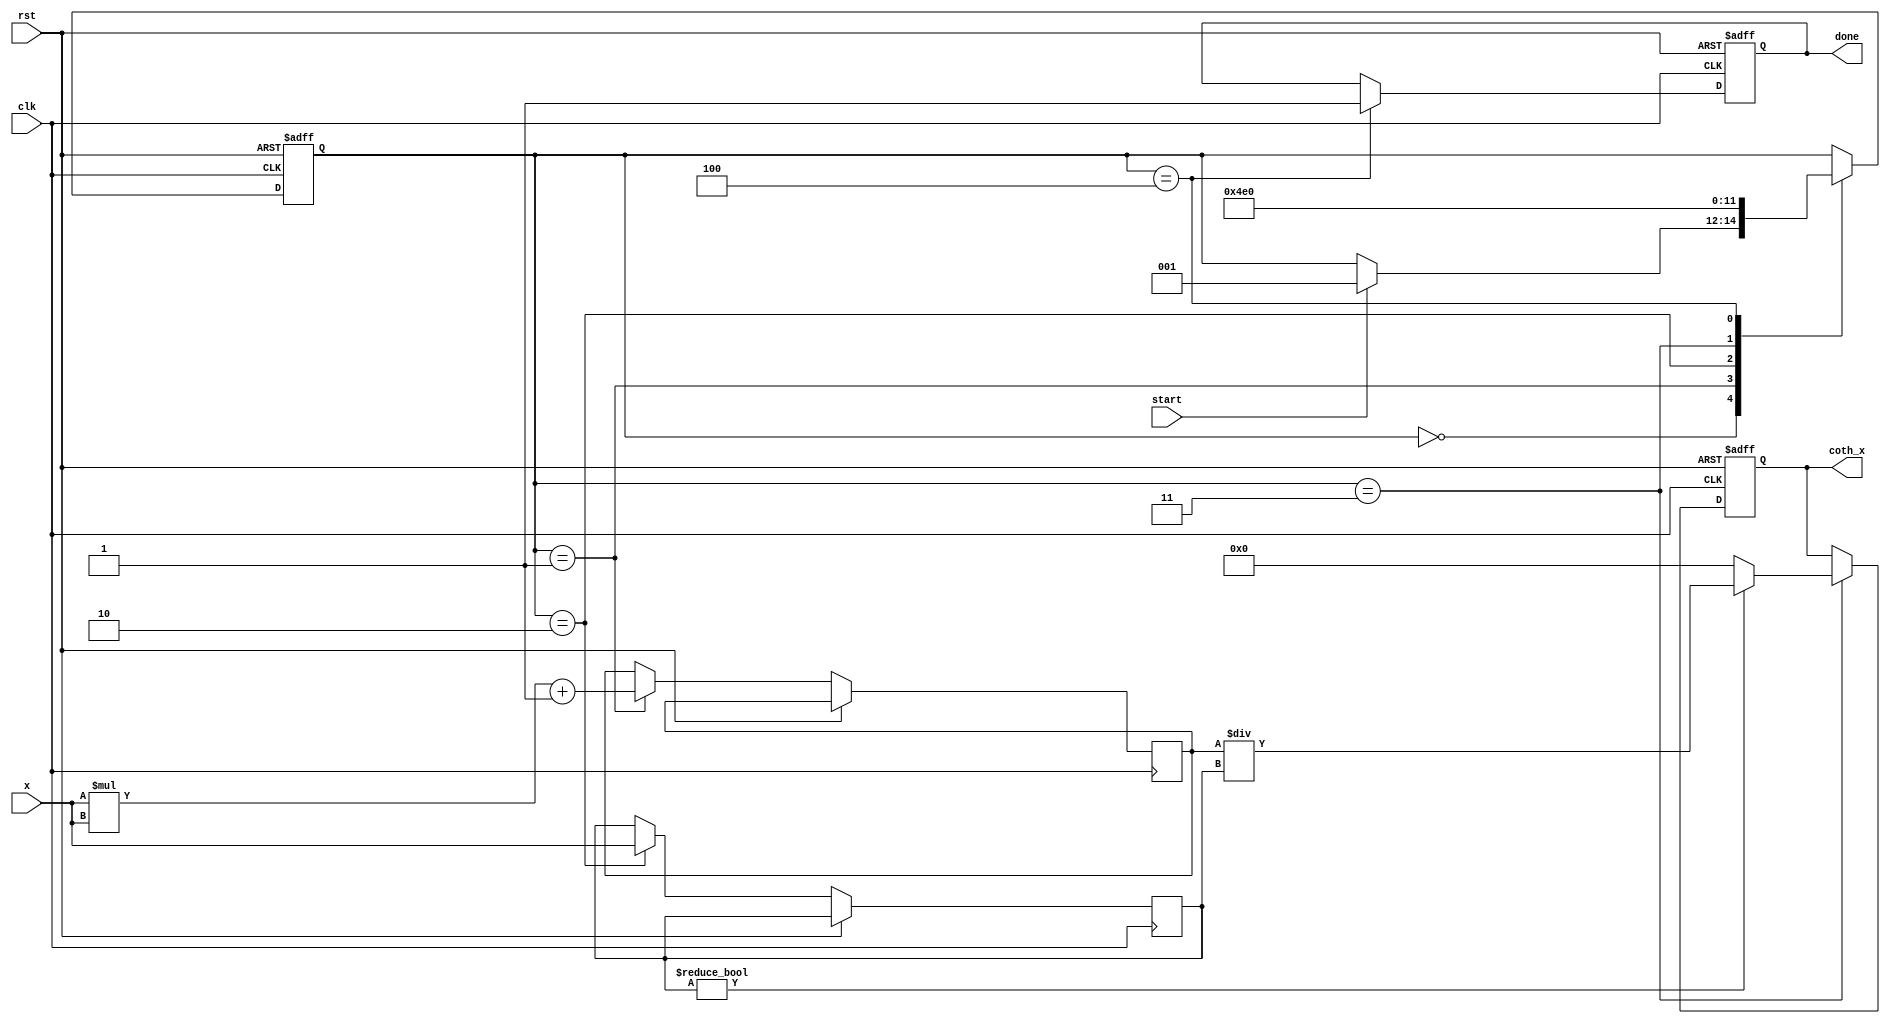
module hyperbolic_cotangent (
    input wire clk,
    input wire rst,
    input wire start,
    input wire [31:0] x,  // Input data in IEEE 754 single precision
    output reg [31:0] coth_x,  // Output data in IEEE 754 single precision
    output reg done
);
    // Internal signals
    reg [31:0] cosh_x, sinh_x;
    reg [2:0] state;
    reg [31:0] tmp;

    // State encoding
    localparam IDLE = 3'b000,
               COSH_CALC = 3'b001,
               SINH_CALC = 3'b010,
               DIVIDE = 3'b011,
               OUTPUT = 3'b100;

    // Floating-point operations
    function [31:0] float_multiply(input [31:0] a, input [31:0] b);
        // Implement floating-point multiplication (IEEE 754)
        // Placeholder for the actual implementation
        float_multiply = a * b; // Replace this with correct FP multiplication
    endfunction

    function [31:0] float_divide(input [31:0] a, input [31:0] b);
        // Implement floating-point division (IEEE 754)
        // Placeholder for the actual implementation
        float_divide = a / b; // Replace this with correct FP division
    endfunction

    function [31:0] calculate_cosh(input [31:0] value);
        // Implement hyperbolic cosine calculation (could use Taylor series or LUT)
        // Placeholder for the actual implementation
        calculate_cosh = (float_multiply(value, value) + 1); // Example approximation
    endfunction

    function [31:0] calculate_sinh(input [31:0] value);
        // Implement hyperbolic sine calculation
        // Placeholder for the actual implementation
        calculate_sinh = value; // Example approximation: sinh(x) = x
    endfunction

    // State machine for computation
    always @(posedge clk or posedge rst) begin
        if (rst) begin
            state <= IDLE;
            done <= 0;
            coth_x <= 32'b0;
        end else begin
            case (state)
                IDLE: begin
                    if (start) begin
                        state <= COSH_CALC;
                    end
                end
                COSH_CALC: begin
                    cosh_x <= calculate_cosh(x);
                    state <= SINH_CALC;
                end
                SINH_CALC: begin
                    sinh_x <= calculate_sinh(x);
                    state <= DIVIDE;
                end
                DIVIDE: begin
                    if (sinh_x != 32'b0) begin  // Check for division by zero
                        coth_x <= float_divide(cosh_x, sinh_x);
                    end else begin
                        coth_x <= 32'b0;  // Handle coth(0) case
                    end
                    state <= OUTPUT;
                end
                OUTPUT: begin
                    done <= 1;  // Indicate completion
                    state <= IDLE;  // Reset state
                end
            endcase
        end
    end
endmodule